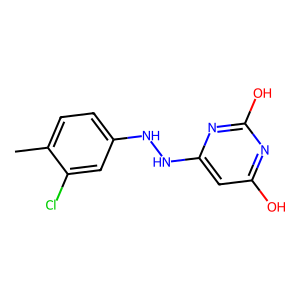
SMILES: Cc1ccc(NNc2cc(O)nc(O)n2)cc1Cl
Inhibits HIV replication: No